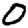
Digit: 0